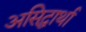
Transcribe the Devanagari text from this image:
असिद्धार्था